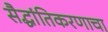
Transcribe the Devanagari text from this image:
सैद्धांतिकरणाचा